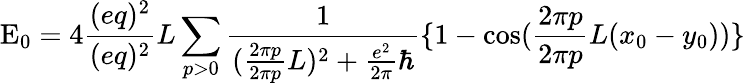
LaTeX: \mathrm{E}_{0}=4\frac{(eq)^{2}}{(eq)^{2}}{L}\sum_{p>0}\frac{1}{(\frac{2\pi p}{2\pi p}{L})^{2}+\frac{e^{2}}{2\pi}\hbar}\{ 1-\cos(\frac{2\pi p}{2\pi p}{L}(x_{0}-y_{0}))\}